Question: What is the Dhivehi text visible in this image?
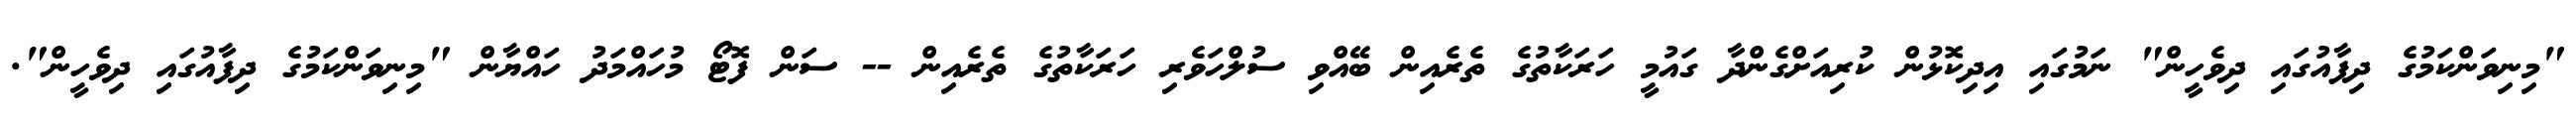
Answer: "މިނިވަންކަމުގެ ދިފާއުގައި ދިވެހީން" ނަމުގައި އިދިކޮޅުން ކުރިއަށްގެންދާ ގައުމީ ހަރަކާތުގެ ތެރެއިން ބޭއްވި ސުލްހަވެރި ހަރަކާތުގެ ތެރެއިން -- ސަން ފޮޓޯ މުހައްމަދު ހައްޔާން "މިނިވަންކަމުގެ ދިފާއުގައި ދިވެހީން".